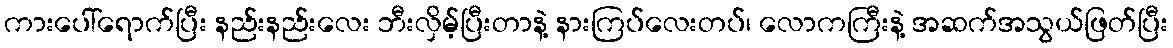
ကားပေါ်ရောက်ပြီး နည်းနည်းလေး ဘီးလှိမ့်ပြီးတာနဲ့ နားကြပ်လေးတပ်၊ လောကကြီးနဲ့ အဆက်အသွယ်ဖြတ်ပြီး